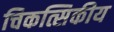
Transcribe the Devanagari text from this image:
चिकत्सिकीय